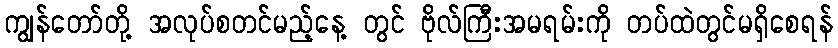
ကျွန်တော်တို့ အလုပ်စတင်မည့်နေ့ တွင် ဗိုလ်ကြီးအမရမ်းကို တပ်ထဲတွင်မရှိစေရန်